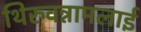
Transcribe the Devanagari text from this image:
थिरुवन्नामलाई